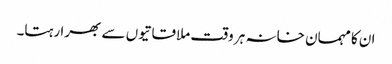
ان کا مہمان خانہ ہر وقت ملاقاتیوں سے بھرا رہتا۔